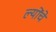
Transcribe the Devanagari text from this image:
ल्योंचे